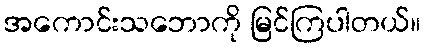
အကောင်းသဘောကို မြင်ကြပါတယ်။